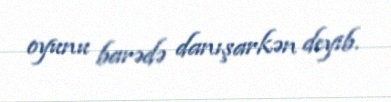
oyunu barədə danışarkən deyib.